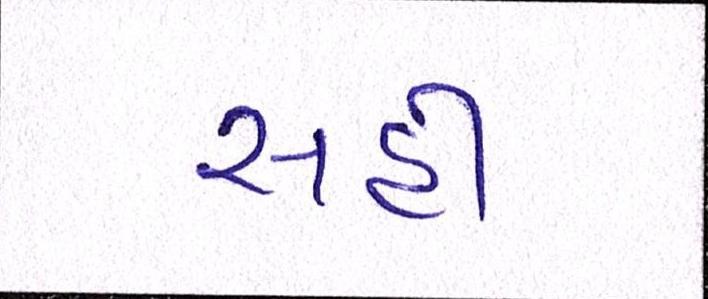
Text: સહી